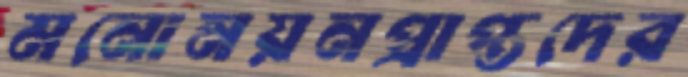
মনোনয়নপ্রাপ্তদের